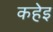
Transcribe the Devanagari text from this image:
कहेइ